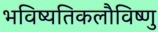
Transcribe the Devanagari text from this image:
भविष्यतिकलौविष्णु